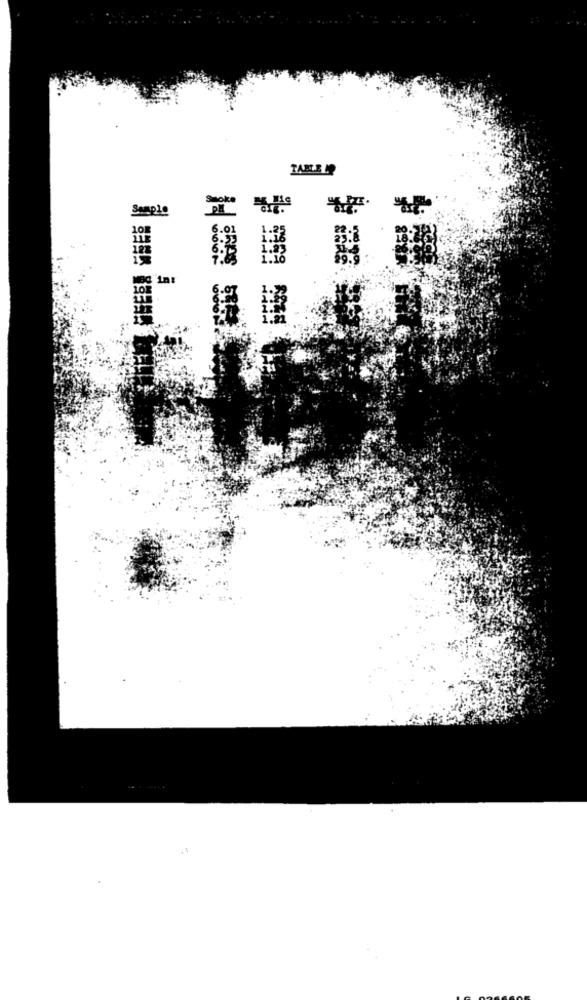
Sample
101
6.02
1:16
5